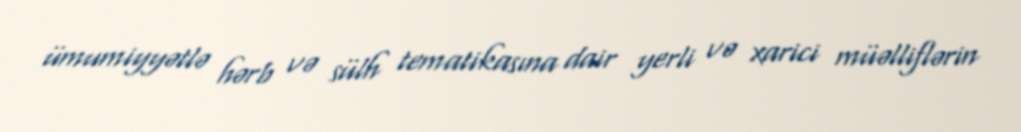
ümumiyyətlə hərb və sülh tematikasına dair yerli və xarici müəlliflərin